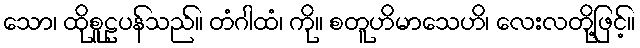
သော၊ ထိုစူဠပန်သည်။ တံဂါထံ၊ ကို။ စတူဟိမာသေဟိ၊ လေးလတို့ဖြင့်။